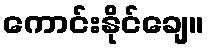
ကောင်းနိုင်ချေ။